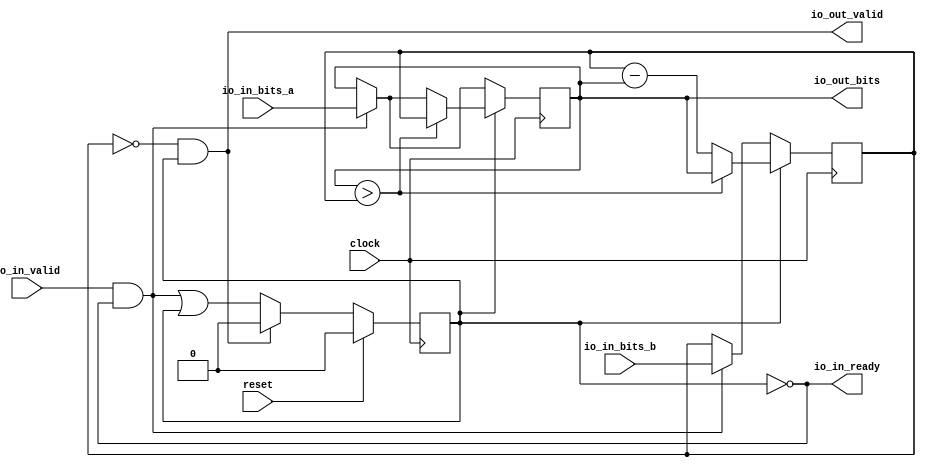
module RealGCD3( // @[:@3.2]
  input         clock, // @[:@4.4]
  input         reset, // @[:@5.4]
  output        io_in_ready, // @[:@6.4]
  input         io_in_valid, // @[:@6.4]
  input  [15:0] io_in_bits_a, // @[:@6.4]
  input  [15:0] io_in_bits_b, // @[:@6.4]
  output        io_out_valid, // @[:@6.4]
  output [15:0] io_out_bits // @[:@6.4]
);
`ifdef RANDOMIZE_REG_INIT
  reg [31:0] _RAND_0;
  reg [31:0] _RAND_1;
  reg [31:0] _RAND_2;
`endif // RANDOMIZE_REG_INIT
  reg [15:0] x; // @[AdvTesterSpec.scala 40:14:@11.4]
  reg [15:0] y; // @[AdvTesterSpec.scala 41:14:@12.4]
  reg  p; // @[AdvTesterSpec.scala 42:18:@13.4]
  wire  _T_23 = ~p; // @[AdvTesterSpec.scala 47:18:@18.4]
  wire  _T_26 = io_in_valid & _T_23; // @[AdvTesterSpec.scala 49:21:@21.4]
  wire [15:0] _GEN_0 = _T_26 ? io_in_bits_a : x; // @[AdvTesterSpec.scala 49:28:@22.4]
  wire  _GEN_2 = _T_26 | p; // @[AdvTesterSpec.scala 49:28:@22.4]
  wire  _T_28 = x > y; // @[AdvTesterSpec.scala 56:13:@28.6]
  wire [15:0] _T_31 = y - x; // @[AdvTesterSpec.scala 57:30:@36.8]
  wire  _T_34 = ~reset; // @[AdvTesterSpec.scala 58:11:@40.6]
  wire  _T_39 = y == 16'h0; // @[AdvTesterSpec.scala 62:21:@53.4]
  assign io_in_ready = ~p; // @[AdvTesterSpec.scala 47:18:@18.4]
  assign io_out_valid = _T_39 & p; // @[AdvTesterSpec.scala 62:29:@54.4]
  assign io_out_bits = x;
  always @(posedge clock) begin
    if (p) begin // @[AdvTesterSpec.scala 55:12:@27.4]
      if (_T_28) begin // @[AdvTesterSpec.scala 56:19:@29.6]
        x <= y;
      end else begin
        x <= _GEN_0;
      end
    end else begin
      x <= _GEN_0;
    end
    if (p) begin // @[AdvTesterSpec.scala 55:12:@27.4]
      if (_T_28) begin // @[AdvTesterSpec.scala 56:19:@29.6]
        y <= x;
      end else begin
        y <= _T_31;
      end
    end else if (_T_26) begin // @[AdvTesterSpec.scala 49:28:@22.4]
      y <= io_in_bits_b;
    end
    if (reset) begin
      p <= 1'h0;
    end else if (io_out_valid) begin // @[AdvTesterSpec.scala 63:23:@56.4]
      p <= 1'h0;
    end else begin
      p <= _GEN_2;
    end
    `ifndef SYNTHESIS
    `ifdef PRINTF_COND
      if (`PRINTF_COND) begin
    `endif
        if (p & _T_34) begin
          $fwrite(32'h80000002,"x: %d, y: %d\n",x,y); // @[AdvTesterSpec.scala 58:11:@42.8]
        end
    `ifdef PRINTF_COND
      end
    `endif
    `endif // SYNTHESIS
    `ifndef SYNTHESIS
    `ifdef PRINTF_COND
      if (`PRINTF_COND) begin
    `endif
        if (_T_23 & _T_34) begin
          $fwrite(32'h80000002,"stalled\n"); // @[AdvTesterSpec.scala 59:23:@49.8]
        end
    `ifdef PRINTF_COND
      end
    `endif
    `endif // SYNTHESIS
  end
// Register and memory initialization
`ifdef RANDOMIZE_GARBAGE_ASSIGN
`define RANDOMIZE
`endif
`ifdef RANDOMIZE_INVALID_ASSIGN
`define RANDOMIZE
`endif
`ifdef RANDOMIZE_REG_INIT
`define RANDOMIZE
`endif
`ifdef RANDOMIZE_MEM_INIT
`define RANDOMIZE
`endif
`ifndef RANDOM
`define RANDOM $random
`endif
`ifdef RANDOMIZE_MEM_INIT
  integer initvar;
`endif
`ifndef SYNTHESIS
`ifdef FIRRTL_BEFORE_INITIAL
`FIRRTL_BEFORE_INITIAL
`endif
initial begin
  `ifdef RANDOMIZE
    `ifdef INIT_RANDOM
      `INIT_RANDOM
    `endif
    `ifndef VERILATOR
      `ifdef RANDOMIZE_DELAY
        #`RANDOMIZE_DELAY begin end
      `else
        #0.002 begin end
      `endif
    `endif
`ifdef RANDOMIZE_REG_INIT
  _RAND_0 = {1{`RANDOM}};
  x = _RAND_0[15:0];
  _RAND_1 = {1{`RANDOM}};
  y = _RAND_1[15:0];
  _RAND_2 = {1{`RANDOM}};
  p = _RAND_2[0:0];
`endif // RANDOMIZE_REG_INIT
  `endif // RANDOMIZE
end // initial
`ifdef FIRRTL_AFTER_INITIAL
`FIRRTL_AFTER_INITIAL
`endif
`endif // SYNTHESIS
endmodule